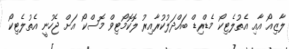
ލާޒިއޯ އާއި އެތުލެޓިކޯ މެޑްރިޑް ބައްދަލުކުރާއިރު ލޮކޮމޯޓިވް މޮސްކޯ އަށް ޖެހުނީ އެތުލެޓިކޯ